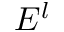
E ^ { l }